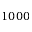
1 0 0 0